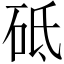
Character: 砥